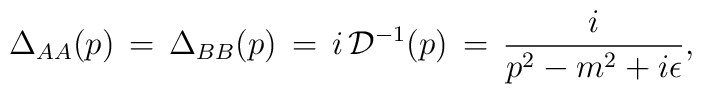
\Delta_{AA}(p)\,=\,\Delta_{BB}(p)\,=\,i\,{\cal D}^{-1}(p)\,=\,\frac{i}{p^2 - m^2 + i\epsilon},